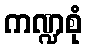
ကဏ္ဍစုံ